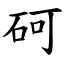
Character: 砢